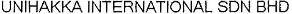
UNIHAKKA INTERNATIONAL SDN BHD